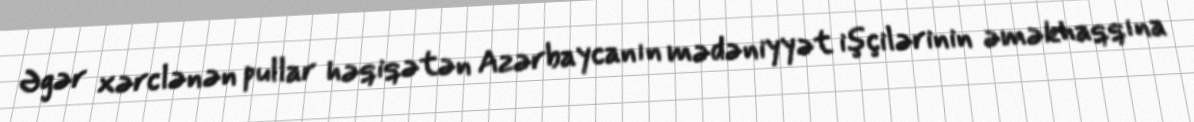
Əgər xərclənən pullar həqiqətən Azərbaycanın mədəniyyət işçilərinin əməkhaqqına